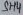
Text: SH4